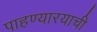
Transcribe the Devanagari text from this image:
पाहण्यारयाची